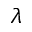
\lambda